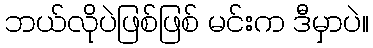
ဘယ်လိုပဲဖြစ်ဖြစ် မင်းက ဒီမှာပဲ။